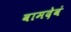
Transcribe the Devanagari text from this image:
वामदेवं